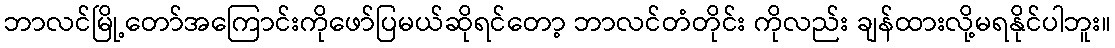
ဘာလင်မြို့တော်အကြောင်းကိုဖော်ပြမယ်ဆိုရင်တော့ ဘာလင်တံတိုင်း ကိုလည်း ချန်ထားလို့မရနိုင်ပါဘူး။